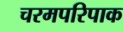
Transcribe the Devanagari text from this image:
चरमपरिपाक